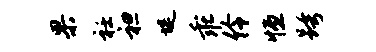
果衽袒堤乖伶恒跨